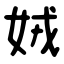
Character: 娀